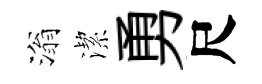
滃潔勇尺